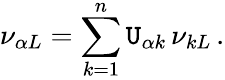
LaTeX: \nu_{{\alpha}L}=\sum_{k=1}^{n}\mathtt{U}_{{\alpha}k}\, \nu_{kL}\, .